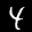
Label: 4